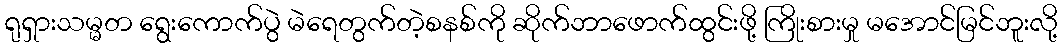
ရုရှားသမ္မတ ရွေးကောက်ပွဲ မဲရေတွက်တဲ့စနစ်ကို ဆိုက်ဘာဖောက်ထွင်းဖို့ ကြိုးစားမှု မအောင်မြင်ဘူးလို့